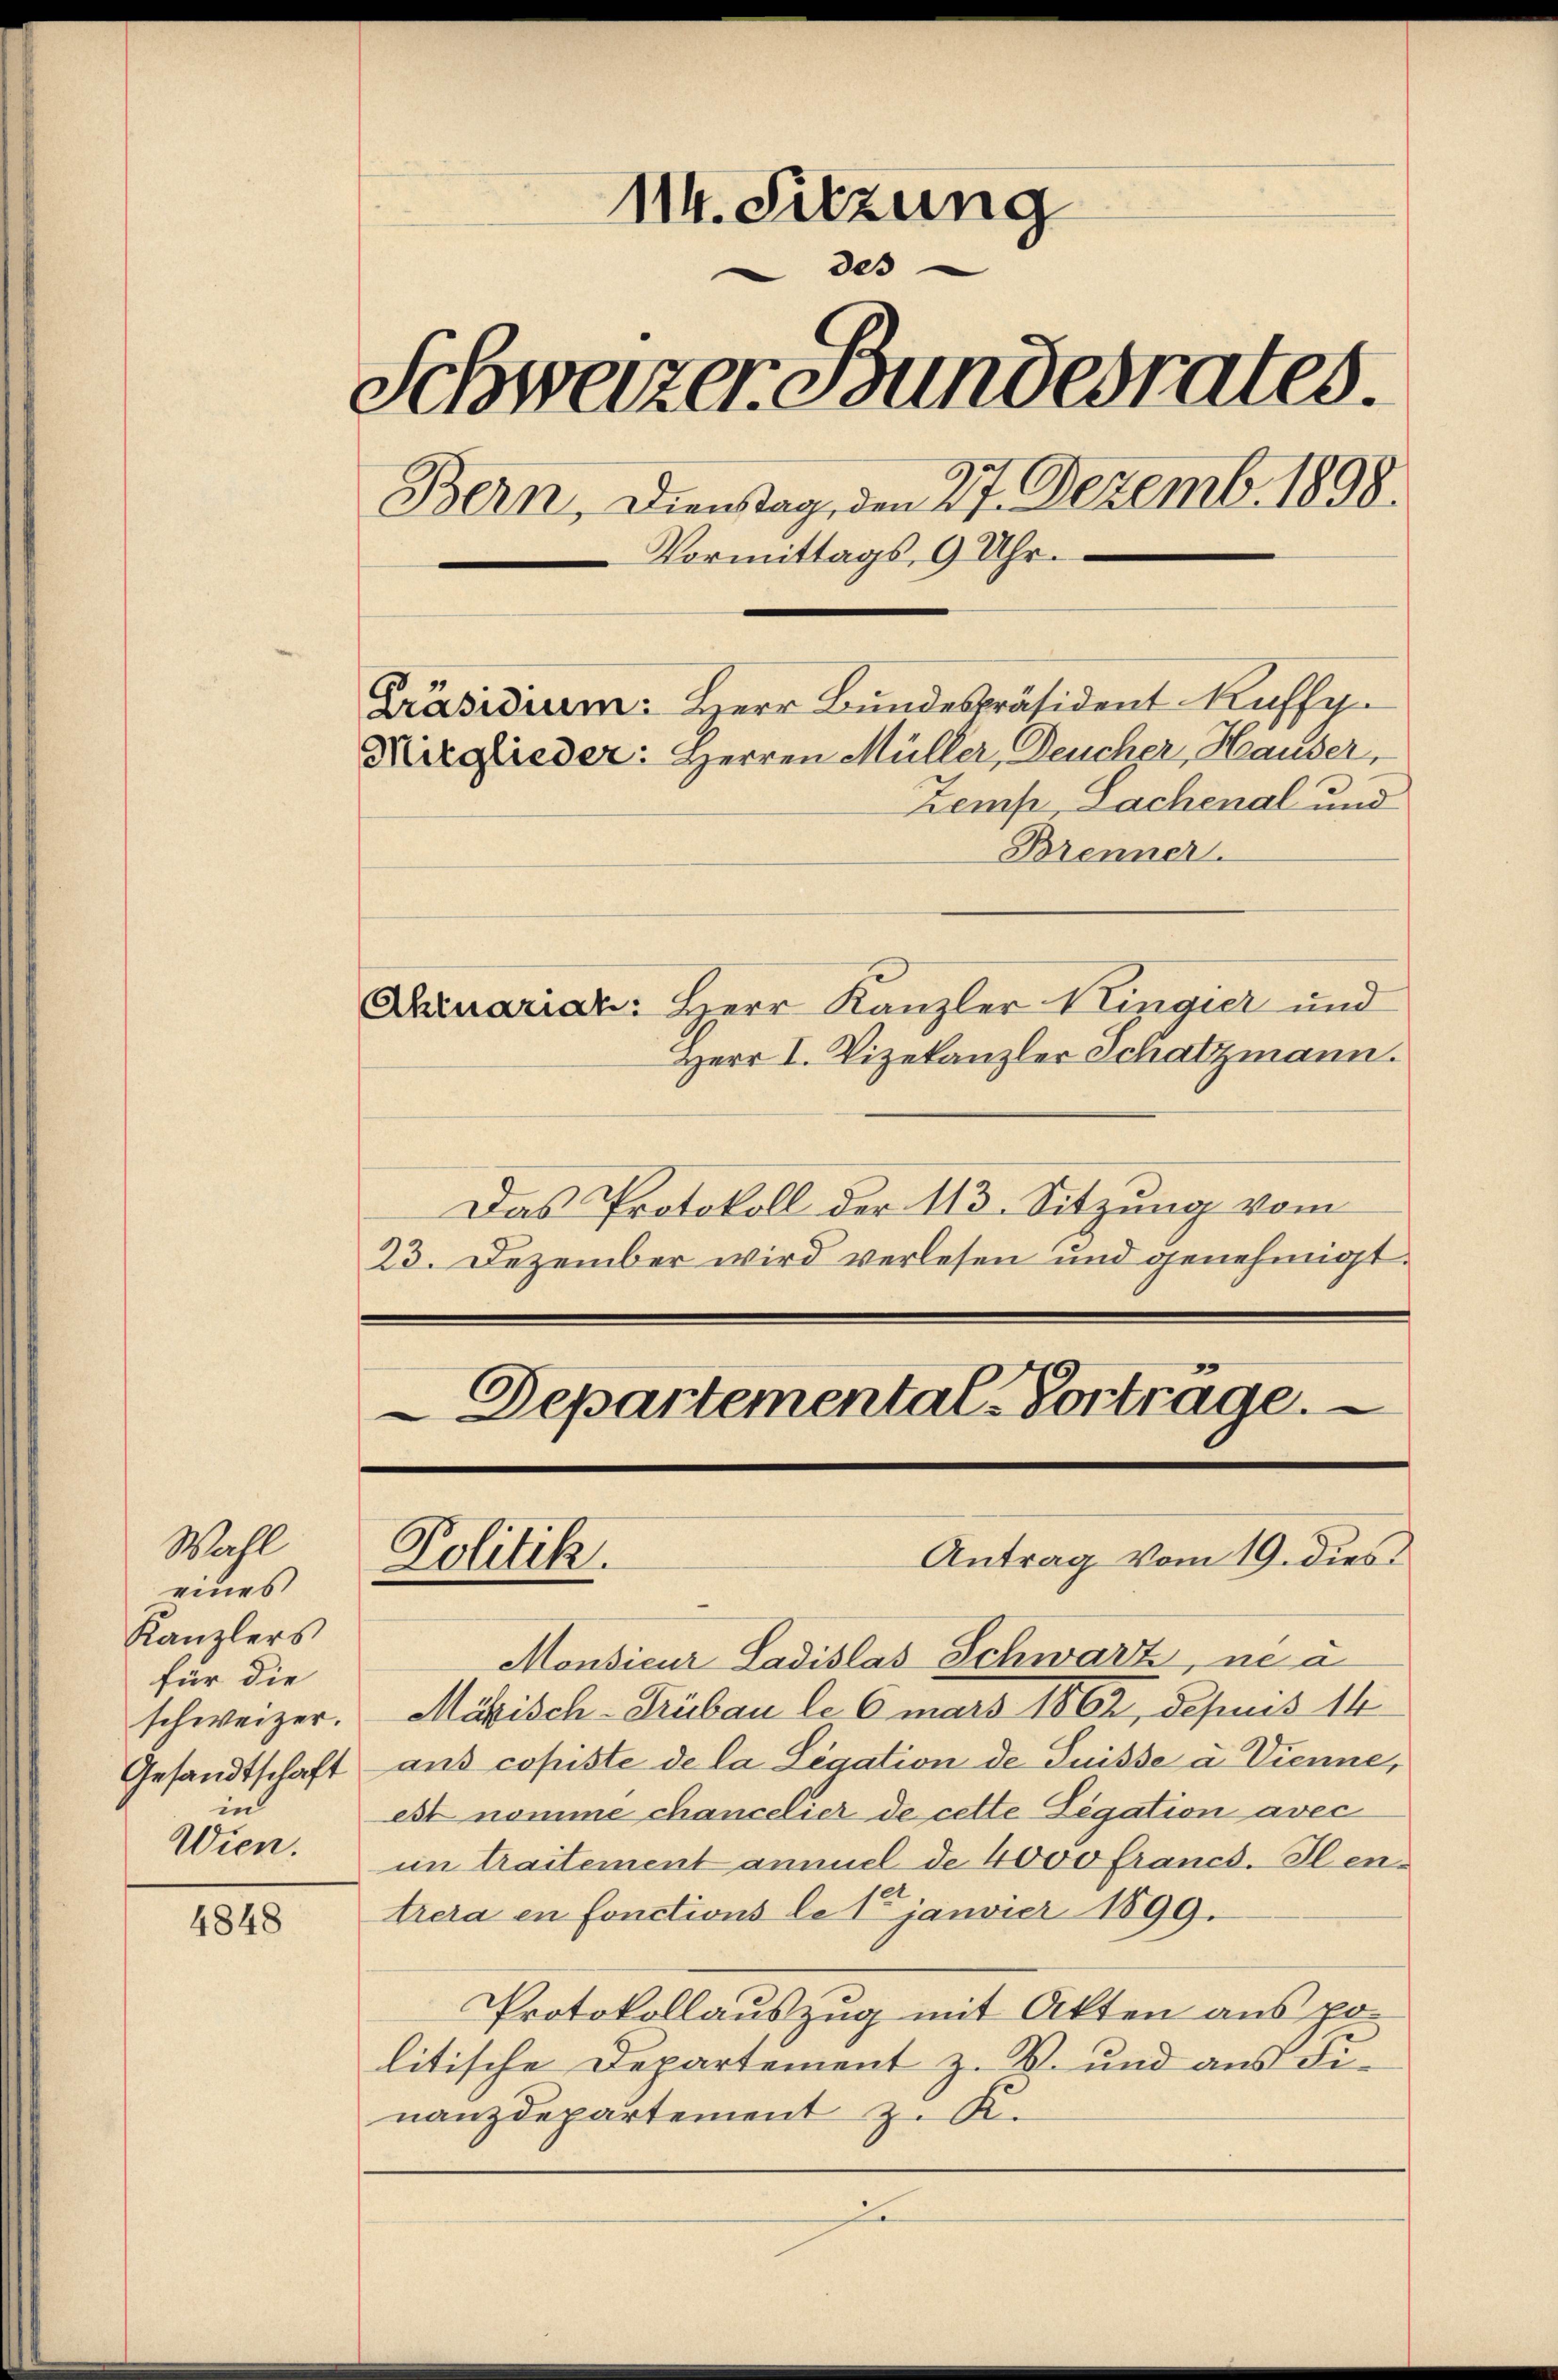
Wahl
eines
Kanzlers
für die
schweizer.
Gesandtschaft
in
Wien.

4848

114. Sitzung
des
Schweizer Bundesrates.
Bern, Dienstag, den 27. Dezemb. 1898.
Vormittags 9 Uhr.
Präsidium. Herr Bundespräsident Ruffy.
Mitglieder: Herren Müller, Deucher, Hauser,
Zemp, Lachenal und

Brenner.
Dinariar: Herr Kanzler Kingier und
Herr I. Vizekanzler Schatzmann.
Das Protokoll der 113. Sitzung vom
23. Dezember wird verlesen und genehmigt.
Departemental-Vortrage.

Antrag vom 19. dies
Politik.

Monsieur Ladislas Schwarz, na
Mäbisch-Trübau le 6 mars 1862, depris 14
ans copiste de la Legation de Suisse u Vienne,
est nomme chancelier de cette Legation avec
im traitement ammel de 4000 francs. Ilentrera en fonctions le 1 janvier 1899.
Protokollauszug mit Akten aus politische Departement z. B. und aus Finanzdepartement z. K.